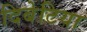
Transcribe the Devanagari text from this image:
दिबेटिया